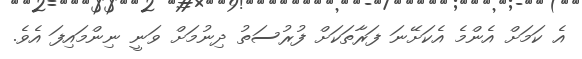
އެ ކަމަށް އެންމެ އެކަށޭނަ ފަރާތަކަށް ފުރުސަތު ދިނުމަށް ވަނީ ނިންމައިފަ އެވެ.